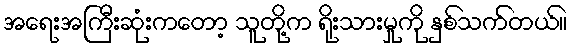
အရေးအကြီးဆုံးကတော့ သူတို့က ရိုးသားမှုကို နှစ်သက်တယ်။